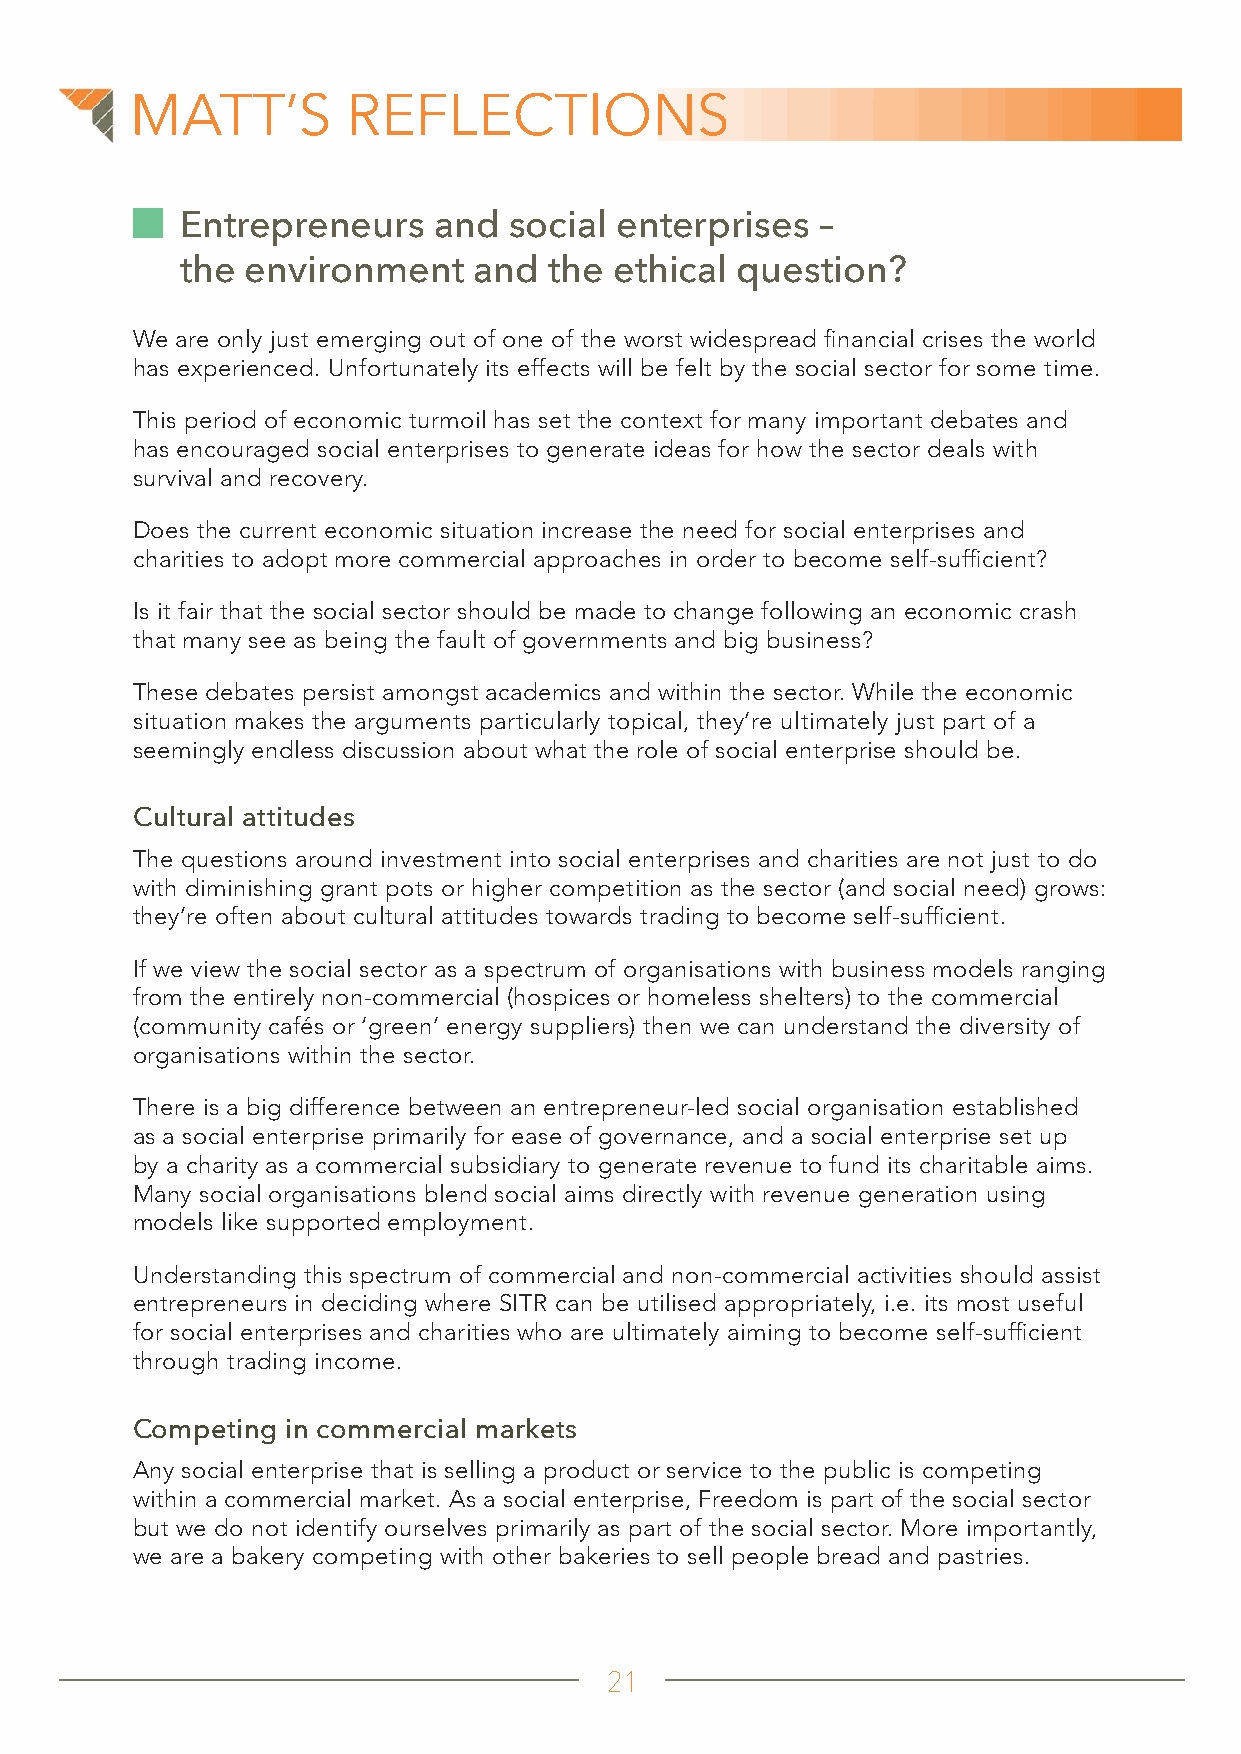
MATT’S        REFLECTIONS
 Entrepreneurs    and  social enterprises  –
 the environment    and  the  ethical question?
 We are only just emerging out of one of the worst widespread financial crises the world
 has experienced. Unfortunately its effects will be felt by the social sector for some time.
 This period of economic turmoil has set the context for many important debates and
 has encouraged social enterprises to generate ideas for how the sector deals with
 survival and recovery.
 Does the current economic situation increase the need for social enterprises and
 charities to adopt more commercial approaches in order to become self-sufficient?
 Is it fair that the social sector should be made to change following an economic crash
 that many see as being the fault of governments and big business?
 These debates persist amongst academics and within the sector. While the economic
 situation makes the arguments particularly topical, they’re ultimately just part of a
 seemingly endless discussion about what the role of social enterprise should be.
 Cultural attitudes
 The questions around investment into social enterprises and charities are not just to do
 with diminishing grant pots or higher competition as the sector (and social need) grows:
 they’re often about cultural attitudes towards trading to become self-sufficient.
 If we view the social sector as a spectrum of organisations with business models ranging
 from the entirely non-commercial (hospices or homeless shelters) to the commercial
 (community cafés or ‘green’ energy suppliers) then we can understand the diversity of
 organisations within the sector.
 There is a big difference between an entrepreneur-led social organisation established
 as a social enterprise primarily for ease of governance, and a social enterprise set up
 by a charity as a commercial subsidiary to generate revenue to fund its charitable aims.
 Many social organisations blend social aims directly with revenue generation using
 models like supported employment.
 Understanding this spectrum of commercial and non-commercial activities should assist
 entrepreneurs in deciding where SITR can be utilised appropriately, i.e. its most useful
 for social enterprises and charities who are ultimately aiming to become self-sufficient
 through trading income.
 Competing in commercial markets
 Any social enterprise that is selling a product or service to the public is competing
 within a commercial market. As a social enterprise, Freedom is part of the social sector
 but we do not identify ourselves primarily as part of the social sector. More importantly,
 we are a bakery competing with other bakeries to sell people bread and pastries.
 21